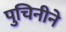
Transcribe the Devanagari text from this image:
पुचिनीने